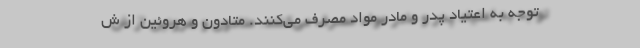
توجه به اعتیاد پدر و مادر مواد مصرف می‌کنند. متادون و هروئین از ش